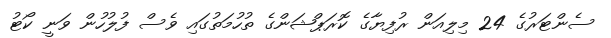
ސެންޓަރުގެ 24 މިލިއަން ރުފިޔާގެ ކޮރަޕްޝަންގެ ތުހުމަތުގައި ވެސް ފުލުހުން ވަނީ ކޯޓު